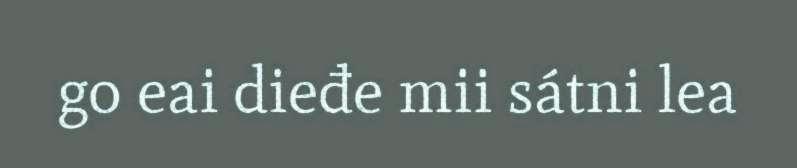
go eai dieđe mii sátni lea